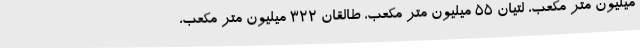
میلیون متر مکعب، لتیان ۵۵ میلیون متر مکعب، طالقان ۳۲۲ میلیون متر مکعب،